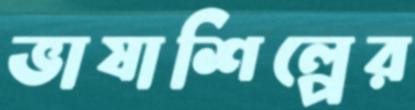
ভাষাশিল্পের